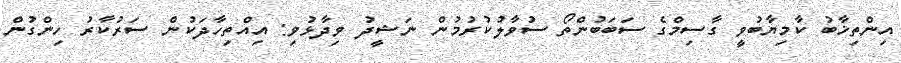
އިންތިޚާބު ކާމިޔާބުވީ ގާސިމްގެ ސަބަބުންތޯ ސުވާލުކުރުމުން ނަޝީދު ވިދާޅުވި: އިއްތިހާދަކުން ސަރުކާރު ހިންގުން